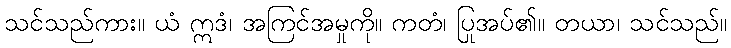
သင်သည်ကား။ ယံ ဣဒံ၊ အကြင်အမှုကို။ ကတံ၊ ပြုအပ်၏။ တယာ၊ သင်သည်။